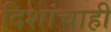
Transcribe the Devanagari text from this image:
दिशांचाही